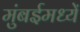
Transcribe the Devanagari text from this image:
मुंबईमध्यें